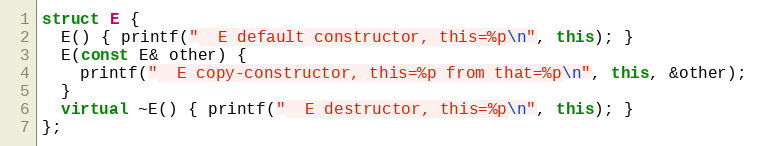
Language: C++
struct E {
  E() { printf("  E default constructor, this=%p\n", this); }
  E(const E& other) {
    printf("  E copy-constructor, this=%p from that=%p\n", this, &other);
  }
  virtual ~E() { printf("  E destructor, this=%p\n", this); }
};